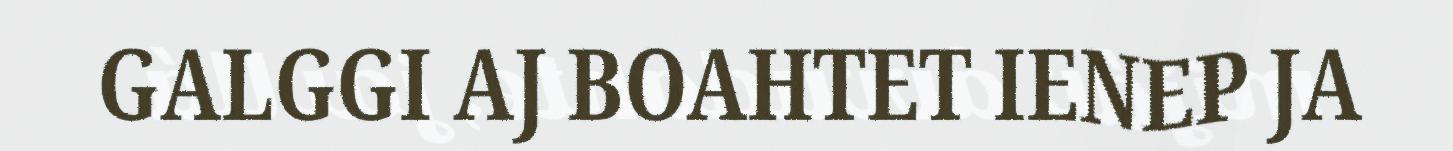
GALGGI AJ BOAHTET IENEP JA